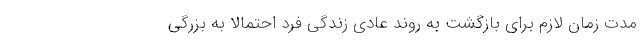
مدت زمان لازم برای بازگشت به روند عادی زندگی فرد احتمالا به بزرگی